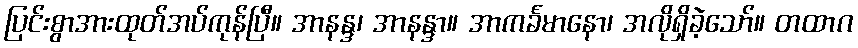
ပြင်းစွာအားထုတ်အပ်ကုန်ပြီ။ အာနန္ဒ၊ အာနန္ဒာ။ အာကင်္ခမာနော၊ အလိုရှိခဲ့သော်။ တထာဂ